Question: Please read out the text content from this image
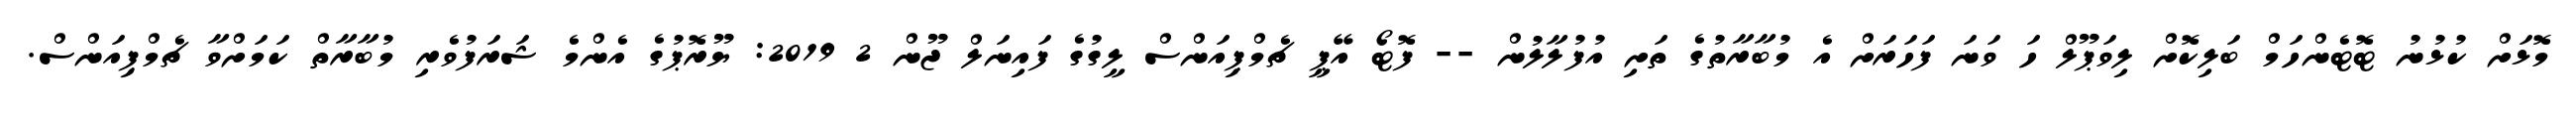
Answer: މޮޅަށް ކުޅުނު ޓޮޓެންހަމް ބަލިކޮށް ލިވަޕޫލް ހަ ވަނަ ފަހަރަށް އެ މުބާރާތުގެ ތަށި އުފުލާލުން -- ފޮޓޯ އޭޕީ ޗެމްޕިއަންސް ލީގުގެ ފައިނަލް ޖޫން 2 2019: ޔޫރޮޕުގެ އެންމެ ޝަރަފުވެރި މުބާރާތް ކަމަށްވާ ޗެމްޕިއަންސް.